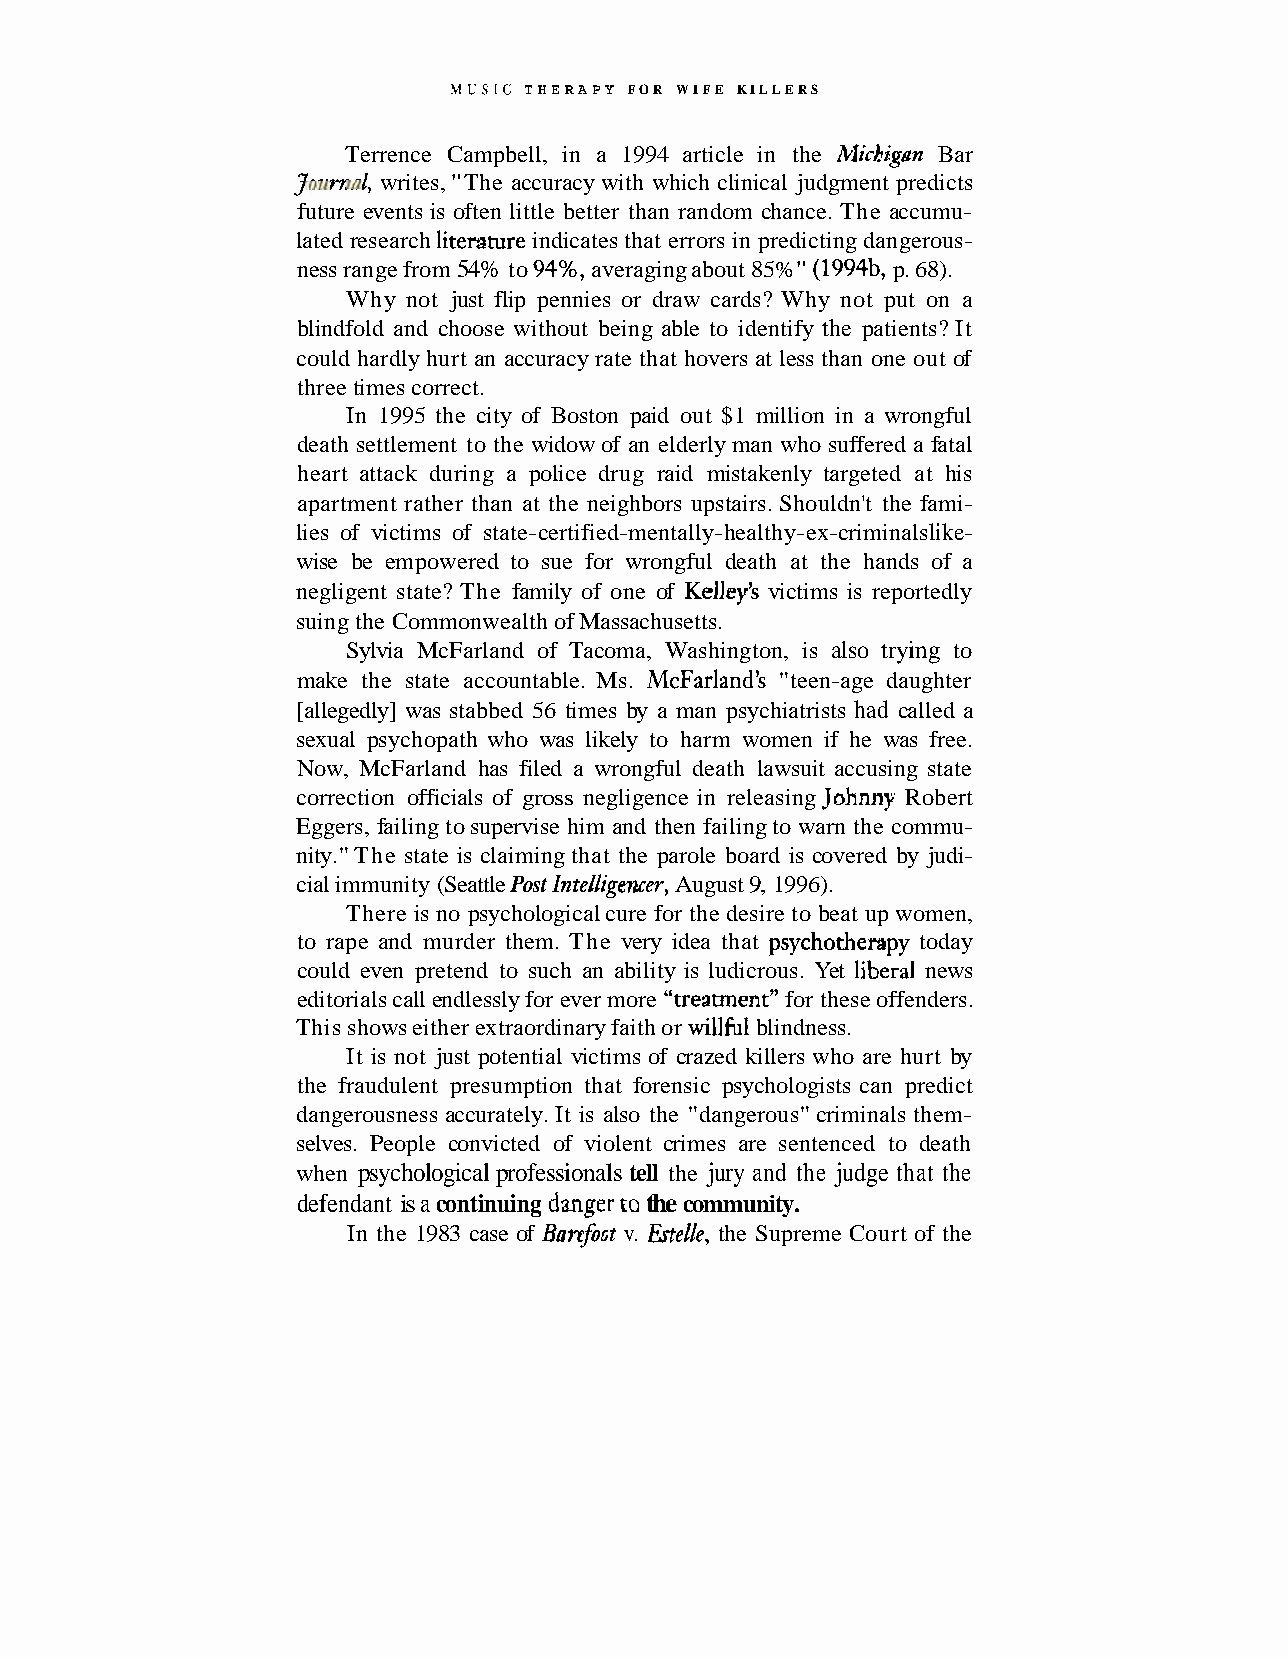
MUSIC THERAPY FOR WIFE KILLERS
 Terrence Campbell, in a 1994 article in the Michigan Bar
 Jo~n-nal,w rites, "The accuracy with which clinical judgment predicts
 future events is often little better than random chance. The accumu-
 lated research litemrure indicates that errors in predicting dangerous-
 ness range from 54% to 94%, averaging about 85%" (1994b, p. 68).
 Why not just flip pennies or draw cards? Why not put on a
 blindfold and choose without being able to identify the patients? It
 could hardly hurt an accuracy rate that hovers at less than one out of
 three times correct.
 In 1995 the city of Boston paid out $1 million in a wrongful
 death settlement to the widow of an elderly man who suffered a fatal
 heart attack during a police drug raid mistakenly targeted at his
 apartment rather than at the neighbors upstairs. Shouldn't the fami-
 lies of victims of state-certified-mentally-healthy-ex-criminalsl ike-
 wise be empowered to sue for wrongful death at the hands of a
 negligent state? The family of one of Kelley's victims is reportedly
 suing the Commonwealth of Massachusetts.
 Sylvia McFarland of Tacoma, Washington, is also trying to
 make the state accountable. Ms. McFarland's "teen-age daughter
 [allegedly] was stabbed 56 times by a man psychiatrists had called a
 sexual psychopath who was likely to harm women if he was free.
 Now, McFarland has filed a wrongful death lawsuit accusing state
 correction officials of gross negligence in releasing Johnny Robert
 Eggers, failing to supervise him and then failing to warn the commu-
 nity." The state is claiming that the parole board is covered by judi-
 cial immunity (Seattle Post Zntelligencer, August 9, 1996).
 There is no psychological cure for the desire to beat up women,
 to rape and murder them. The very idea that psychothempy today
 could even pretend to such an ability is ludicrous. Yet liberal news
 editorials call endlessly for ever more "treatmerit" for these offenders.
 This shows either extraordinary faith or willhl blindness.
 It is not just potential victims of crazed killers who are hurt by
 the fraudulent presumption that forensic psychologists can predict
 dangerousness accurately. It is also the "dangerous" criminals them-
 selves. People convicted of violent crimes are sentenced to death
 when psychological professionals tell the jury and the judge that the
 defendant is a continuing danger ta the community.
 In the 1983 case of Barrfoot v. Ertelle, the Supreme Court of the